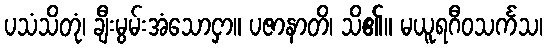
ပသံသိတုံ၊ ချီးမွမ်းအံသောငှာ။ ပဇာနာတိ၊ သိ၏။ မယူရဂီဝသင်္ကသ၊